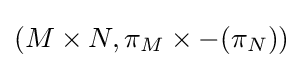
(M\times N,\pi _{M}\times -(\pi _{N}))